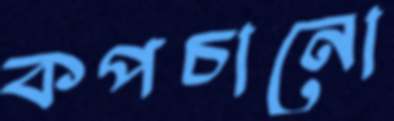
কপচানো